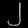
Digit: ၂